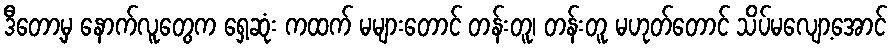
ဒီတော့မှ နောက်လူတွေက ရှေ့ဆုံး ကထက် မများတောင် တန်းတူ၊ တန်းတူ မဟုတ်တောင် သိပ်မလျော့အောင်